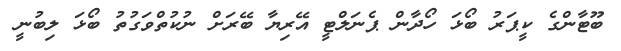
ބޫޓާންގެ ކީޕަރު ބޯޅަ ހޯދާން ޕެނަލްޓީ އޭރިޔާ ބޭރަށް ނުކުތްވަގުތު ބޯޅަ ލިބުނީ